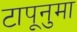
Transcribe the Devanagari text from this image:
टापूनुमा